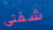
شفتي